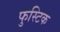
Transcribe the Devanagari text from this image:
फुस्टिक